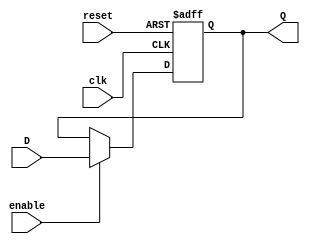
module FlipFlopRegister #(
    parameter N = 8  // Number of bits in the register
)(
    input wire clk,              // Clock signal
    input wire reset,            // Asynchronous reset signal
    input wire enable,           // Enable signal
    input wire [N-1:0] D,       // Parallel input data
    output reg [N-1:0] Q         // Parallel output data
);

    // Always block triggered on the clock edge
    always @(posedge clk or posedge reset) begin
        if (reset) begin
            Q <= {N{1'b0}};       // Reset all bits to 0
        end else if (enable) begin
            Q <= D;              // Capture input data on enable
        end
        // If enable is low, retain previous value of Q
    end

endmodule